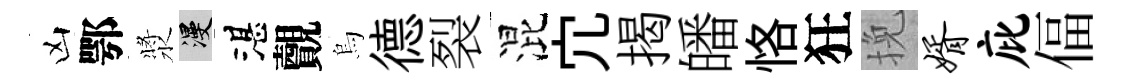
凶鄂漿漫湛覿烏德裂混宂揭皤恪狂挽婿庇偪